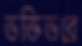
ভক্তিভরে